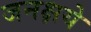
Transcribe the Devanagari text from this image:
जनक्षये